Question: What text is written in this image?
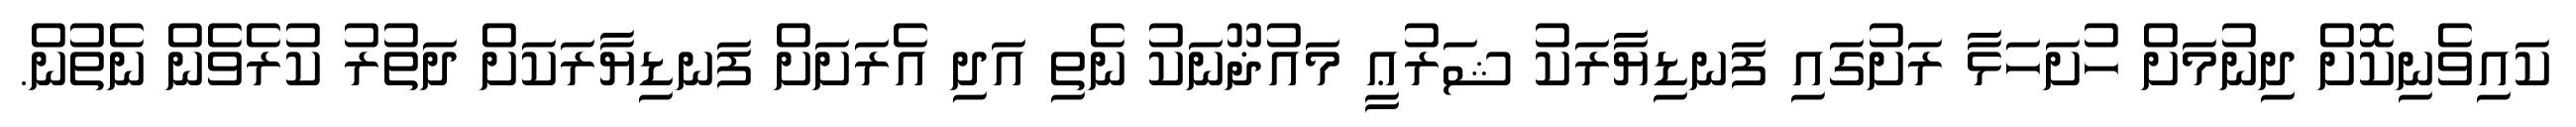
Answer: ކައިވެނިކޮށް ދިނުމަށް ހުށަހަޅާ ރަށުގައި ފަނޑިޔާރަކު ޝަރުޢީ މައުޛޫނަކު ނެތި އަދި އެރަށަށް ފަނޑިޔާރަކަށް ދަތުރު ކުރެވެން ނެތުން.